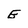
Character: E